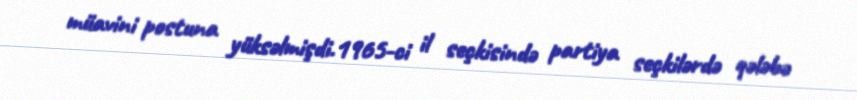
müavini postuna yüksəlmişdi.1965-ci il seçkisində partiya seçkilərdə qələbə